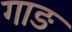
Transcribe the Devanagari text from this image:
गाङ